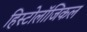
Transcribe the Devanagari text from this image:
हिस्टोलॉजिकल